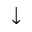
\downarrow